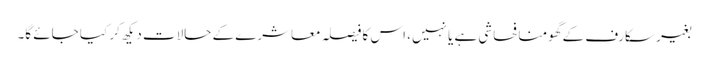
بغیر سکارف کے گھومنا فحاشی ہے یا نہیں، اس کا فیصلہ معاشرے کے حالات دیکھ کر کیا جائے گا۔